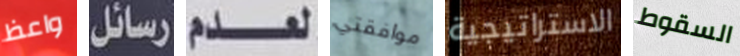
واعظ رسائل لعدم موافقتي الاستراتيجية السقوط